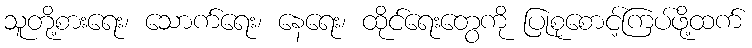
သူတို့စားရေး၊ သောက်ရေး၊ နေရေး၊ ထိုင်ရေးတွေကို ပြုစုစောင့်ကြပ်ဖို့ထက်